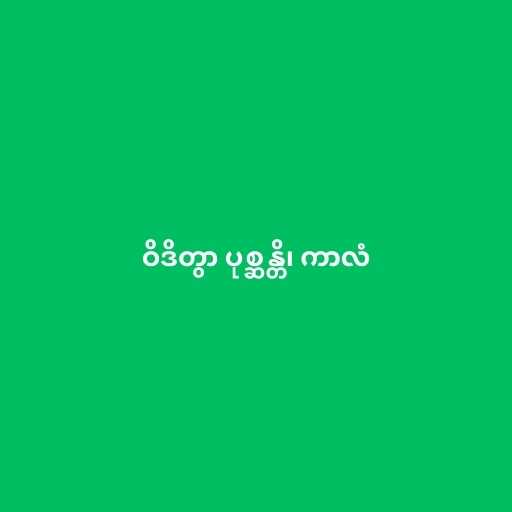
ဝိဒိတွာ ပုစ္ဆန္တိ၊ ကာလံ